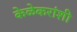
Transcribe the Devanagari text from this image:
केळेकरांशी